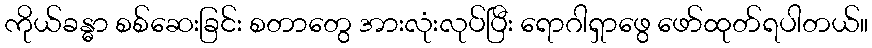
ကိုယ်ခန္ဓာ စစ်ဆေးခြင်း စတာတွေ အားလုံးလုပ်ပြီး ရောဂါရှာဖွေ ဖော်ထုတ်ရပါတယ်။